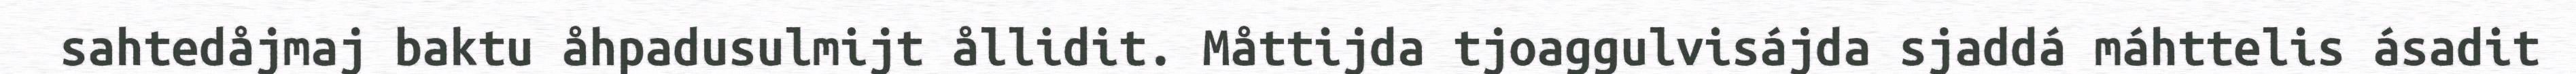
sahtedåjmaj baktu åhpadusulmijt ållidit. Måttijda tjoaggulvisájda sjaddá máhttelis ásadit